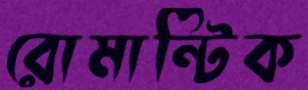
রোমান্টিক